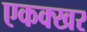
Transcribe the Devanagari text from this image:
एकक्खर